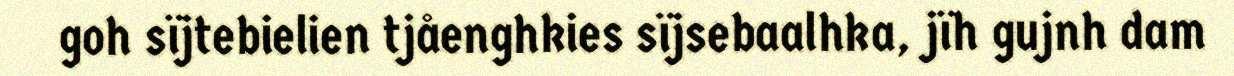
goh sïjtebielien tjåenghkies sïjsebaalhka, jïh gujnh dam